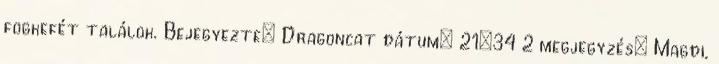
fogkefét találok. Bejegyezte: Dragoncat dátum: 21:34 2 megjegyzés: Magdi,